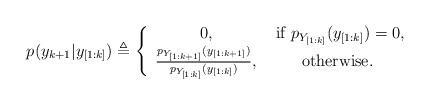
LaTeX: \begin{align*} p(y_{k+1}|y_{[1:k]}) \triangleq \left\{\begin{array}{cc}0, & \mbox{ if } p_{Y_{[1:k]}}(y_{[1:k]})=0,\\\frac{p_{Y_{[1:k+1]}}(y_{[1:k{+}1]})}{p_{Y_{[1:k]}}(y_{[1:k]})}, & \mbox{otherwise}.\end{array}\right.\end{align*}